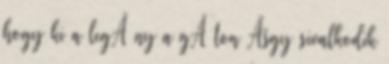
hogy ki a legÃ ny a gÃ¡ton Ãšgy sivalkodik